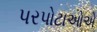
પરપોટાઓએ